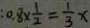
: 0 . 8 \times \frac { 1 } { 2 } = \frac { 1 } { 3 } x